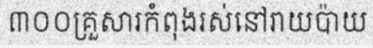
៣០០គ្រួសារកំពុងរស់នៅរាយប៉ាយ